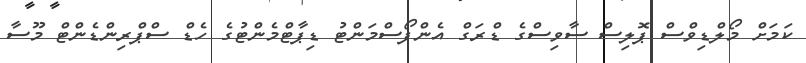
ކަމަށް މޯލްޑިވްސް ޕޮލިސް ސާވިސްގެ ޑްރަގް އެންފޯސްމަންޓު ޑިޕާޓްމެންޓުގެ ހެޑް ސްޕްރިންޑެންޓް މޫސާ